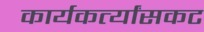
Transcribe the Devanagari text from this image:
कार्यकर्त्यांसकट